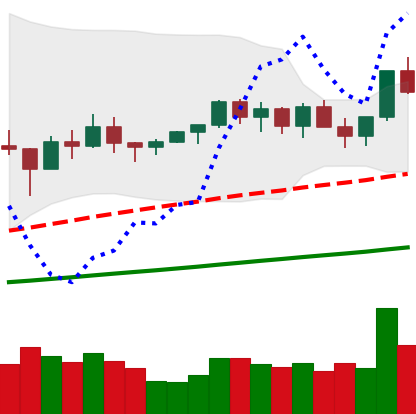
Ticker: NEO-USD
Chart end date: 2021-03-18
Forward return: -5.684%
Label: down_5_7